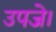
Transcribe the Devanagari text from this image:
उपजे।